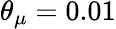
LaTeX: \theta_{\mu}=0.01